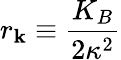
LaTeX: r_{\mathbf{k}}\equiv\frac{{K_{B}}}{{2\kappa^{2}}}